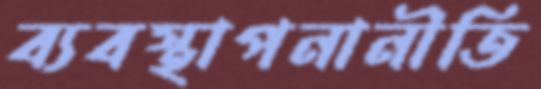
ব্যবস্থাপনানীতি